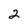
Character: 2